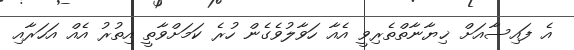
އެ ފައިސާއަށް ޚިޔާނާތްތެރިވީ އެއާ ހަވާލުވެގެން ހުރެ ކަމަށްވާތީ އިތުރު އެއް އަހަރާއި